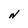
Character: N